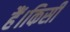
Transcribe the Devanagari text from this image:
हैं।किसी